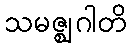
သမဇ္ဈဂါတိ